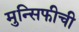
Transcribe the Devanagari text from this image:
मुन्सिफीची